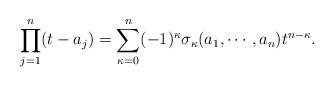
LaTeX: \begin{align*}\prod_{j=1}^{n} (t-a_j ) =\sum_{\kappa =0}^{n} (-1)^{\kappa }\sigma _{\kappa } (a_1 , \cdots ,a_n ) t^{n-\kappa }.\end{align*}